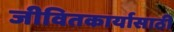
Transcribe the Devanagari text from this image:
जीवितकार्यासाठी